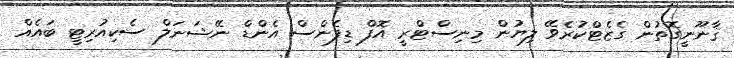
ޤާނޫނީގޮތުން ގެޒެޓްކުރެވޭ ލިޔުން މިނިސްޓްރީ އޮފް ޑިފެންސް އެންޑް ނޭޝަނަލް ސެކިއުރިޓީ ބައެއް